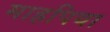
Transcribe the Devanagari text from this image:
माहपिया